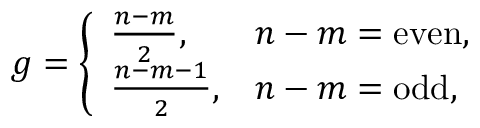
g = \left\{ \begin{array} { l l } { \frac { n - m } { 2 } , } & { n - m = \mathrm { e v e n } , } \\ { \frac { n - m - 1 } { 2 } , } & { n - m = \mathrm { o d d } , } \end{array} \right.